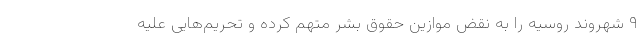
۹ شهروند روسیه را به نقض موازین حقوق بشر متهم کرده و تحریم‌هایی علیه